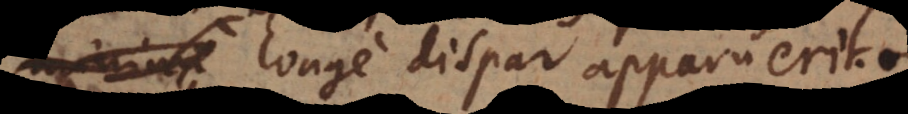
longe dispar apparuerit.